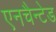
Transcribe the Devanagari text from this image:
एनचैन्टेड